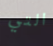
التي